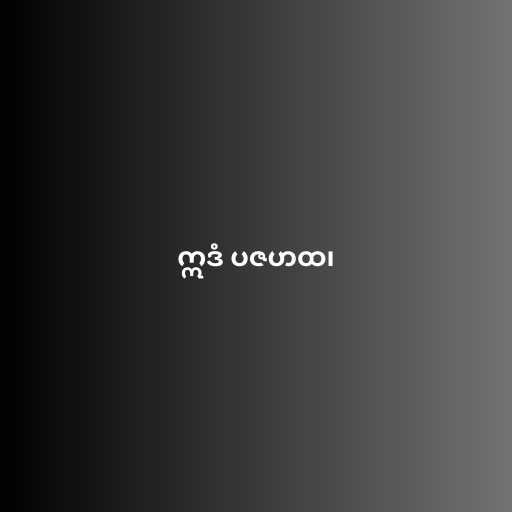
ဣဒံ ပဇဟထ၊